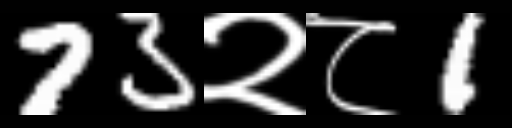
Text: 73२८1